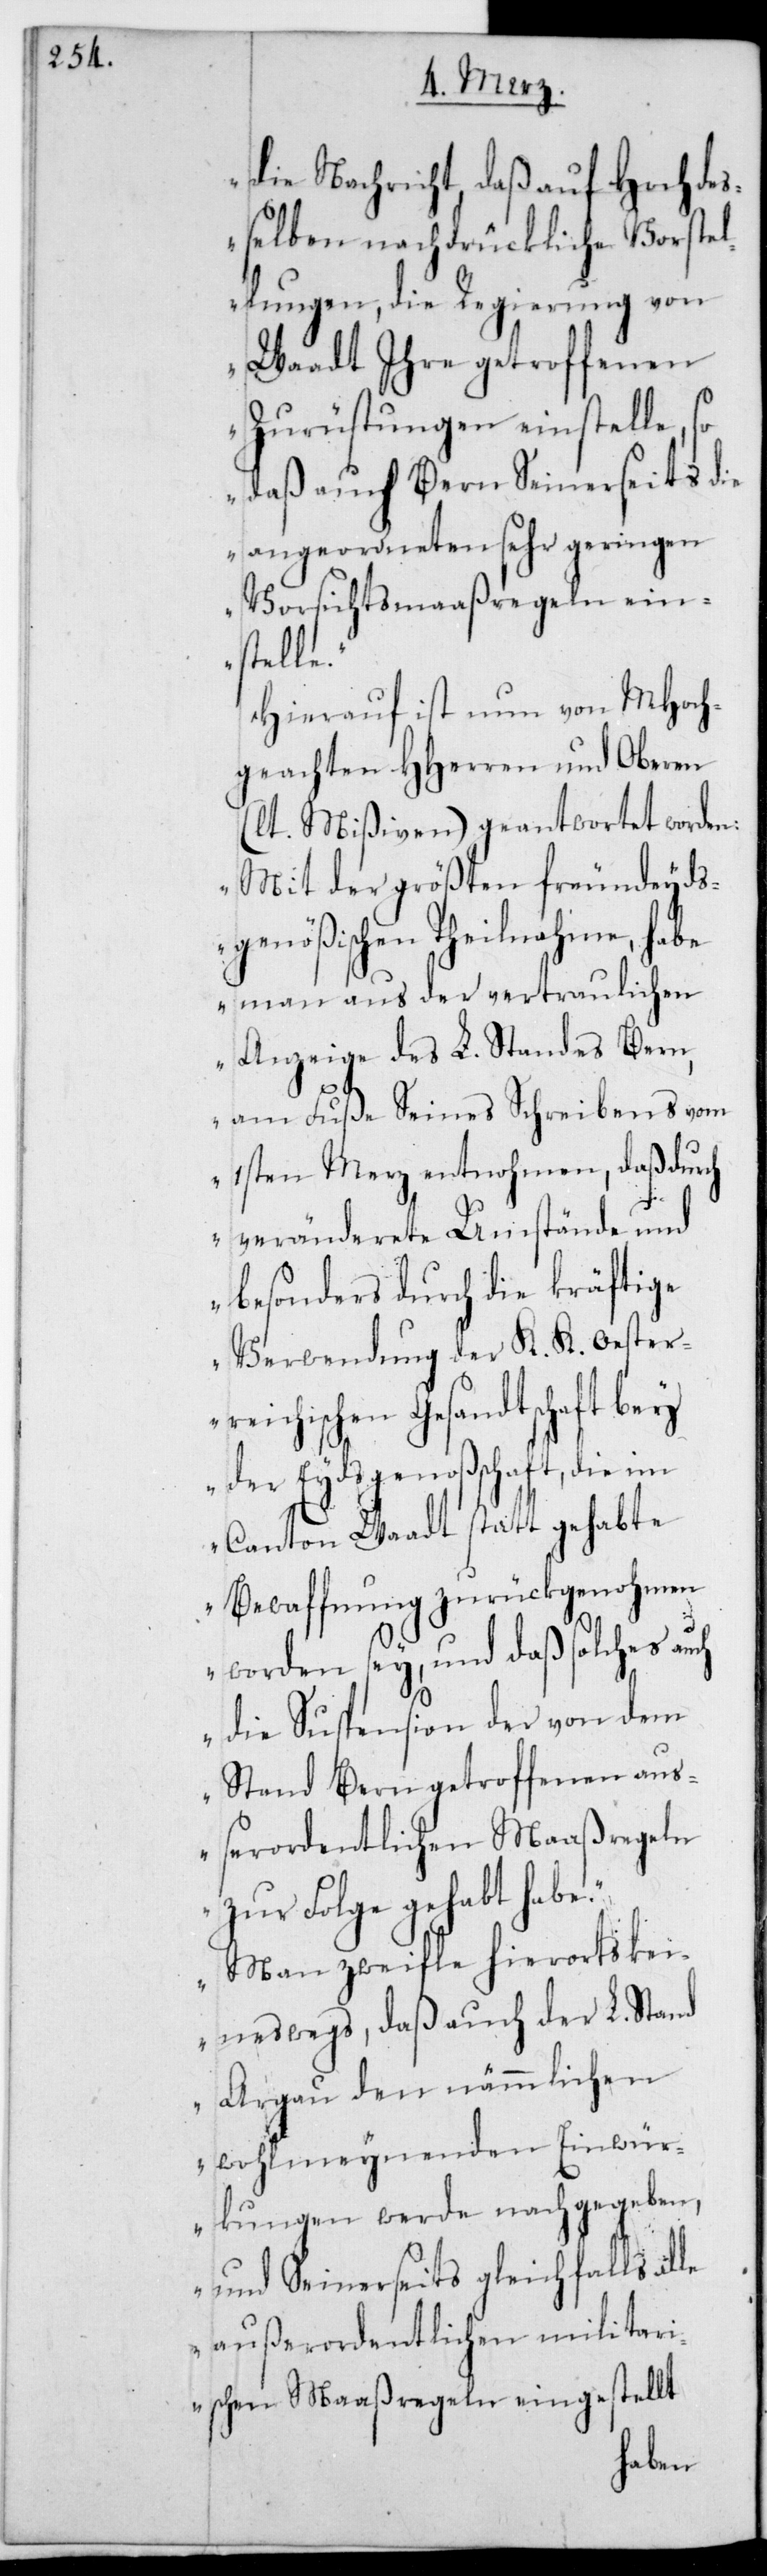
le

die Nachricht, daß auf Hochde¬
ßelben nachdrückliche Vorstel¬
lungen, die Regierung von
Waadt Ihre getroffenen
Zurüstungen einstelle, so
daß auch Bern Seinerseits die
angeordneten sehr geringen
Vorsichtsmaaßregeln ein¬
stelle“.
Hierauf ist nun von MHoch¬
geachten HHerren und Oberen
(lt. Mißiven) geantwortet worden:
„Mit der größten freundeyds¬
genößischen Theilnahme, habe
man aus der vertraulichen
Anzeige des L. Standes Bern,
am Fuße Seines Schreibens vom
1sten Merz entnommen, daß durch
veränderete Umstände und
besonders durch die kräftige
Verwendung der K. K. Oester¬
ichischen Gesandtschaft bey
der Eydsgenoßenschaft, die im
Canton Waadt stattgehabte
Bewaffnung zurückgenohmen
worden sey, und daß solches
die Suspension der von dem
Stand Bern getroffenen auß¬
erordentlichen Maaßregeln
zur Folge gehabt habe.
Man zweifle hierorts kei¬
neswegs, daß auch der L. Stand
Argau den nämmlichen
wohlmeinenden Einwür¬
kungen werde nachgegeben,
und Seinerseits gleichfalls al¬
außerordentlichen militar¬
ischen Maaßregeln eingestellt